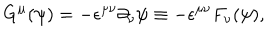
G ^ { \mu } ( \psi ) = - { \epsilon } ^ { { \mu } { \nu } } { \partial } _ { \nu } { \psi } \equiv - { \epsilon } ^ { { \mu } { \nu } } F _ { \nu } ( { \psi } ) ,